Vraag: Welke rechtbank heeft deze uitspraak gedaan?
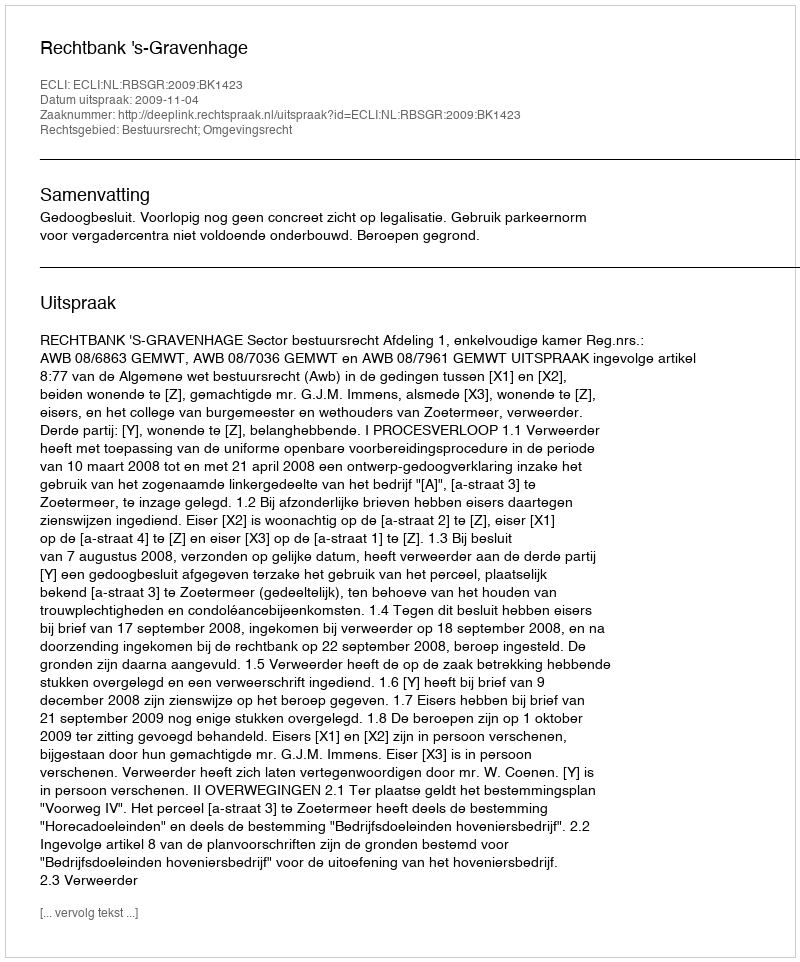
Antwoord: Rechtbank 's-Gravenhage